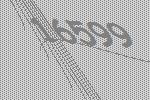
16599